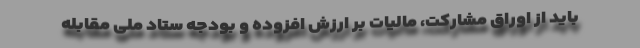
باید از اوراق مشارکت، مالیات بر ارزش افزوده و بودجه ستاد ملی مقابله